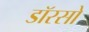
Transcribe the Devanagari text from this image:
डॉरसो